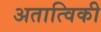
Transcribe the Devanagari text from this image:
अतात्विकी